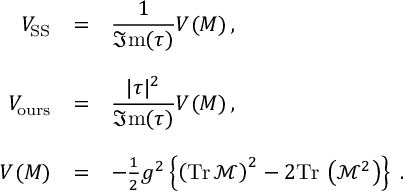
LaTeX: \begin{array} { r c l } { { { \cal V } _ { \mathrm { S S } } } } & { { = } } & { { { \displaystyle \frac { 1 } { \Im \mathrm { m } ( \tau ) } } { \cal V } ( { \cal M } ) \, , } } \\ { { } } & { { } } & { { } } \\ { { { \cal V } _ { \mathrm { o u r s } } } } & { { = } } & { { { \displaystyle \frac { | \tau | ^ { 2 } } { \Im \mathrm { m } ( \tau ) } } { \cal V } ( { \cal M } ) \, , } } \\ { { } } & { { } } & { { } } \\ { { { \cal V } ( { \cal M } ) } } & { { = } } & { { - { \textstyle \frac { 1 } { 2 } } g ^ { 2 } \left\{ \left( \mathrm { T r } \, \mathcal { M } \right) ^ { 2 } - 2 \mathrm { T r } \, \left( \mathcal { M } ^ { 2 } \right) \right\} \; . } } \end{array}